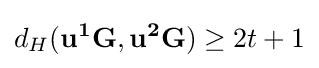
d_{H}(\mathbf {u^{1}G,u^{2}G} )\geq 2t+1